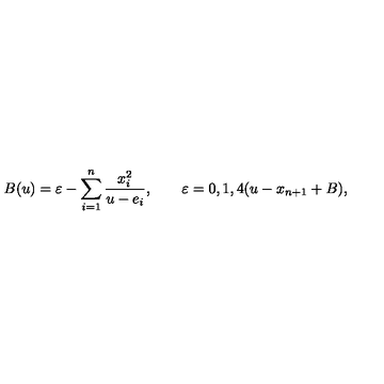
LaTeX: B ( u ) = \varepsilon - \sum _ { i = 1 } ^ { n } { \frac { x _ { i } ^ { 2 } } { u - e _ { i } } } , \qquad \varepsilon = 0 , 1 , 4 ( u - x _ { n + 1 } + B ) ,